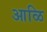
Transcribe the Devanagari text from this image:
आळि